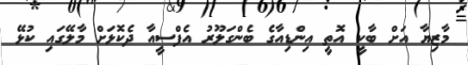
މާޒިޔާ އަށް ބާކީ އޮތީ އިންޑިއާގެ ބެންގަލޫރު އެފްސީއާ ދެކޮޅަށް މާލޭގައި ކުޅޭ